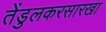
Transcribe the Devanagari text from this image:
तेंडुलकरसारखा